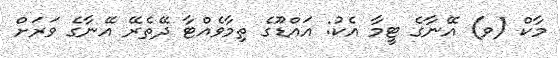
މާކް (ވ) އޭނާގެ ޓީމާ އެކު: އައްޑޫގެ ތިމާވެއްްޓާ ދޭތެރޭ އޭނާގެ ވަރަށް